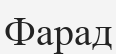
Фарад